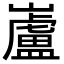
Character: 𫶢